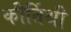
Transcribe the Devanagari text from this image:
कीर्तिश्री